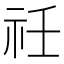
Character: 祍